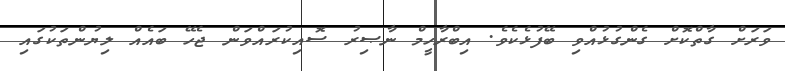
ވަރަށް ގާތްކޮށް ގެންގުޅުއްވި ބޭފުޅެކެވެ. އިބްރާހީމް ނާޞިރު ސޮއިކުރައްވަން ޖެހޭ ބައެއް ލިޔުންތަކުގައި